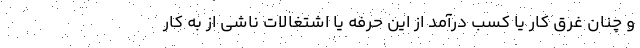
و چنان غرق کار یا کسب درآمد از این حرفه یا اشتغالات ناشی از به کار